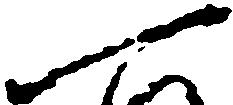
一